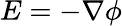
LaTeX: E=-\nabla\phi